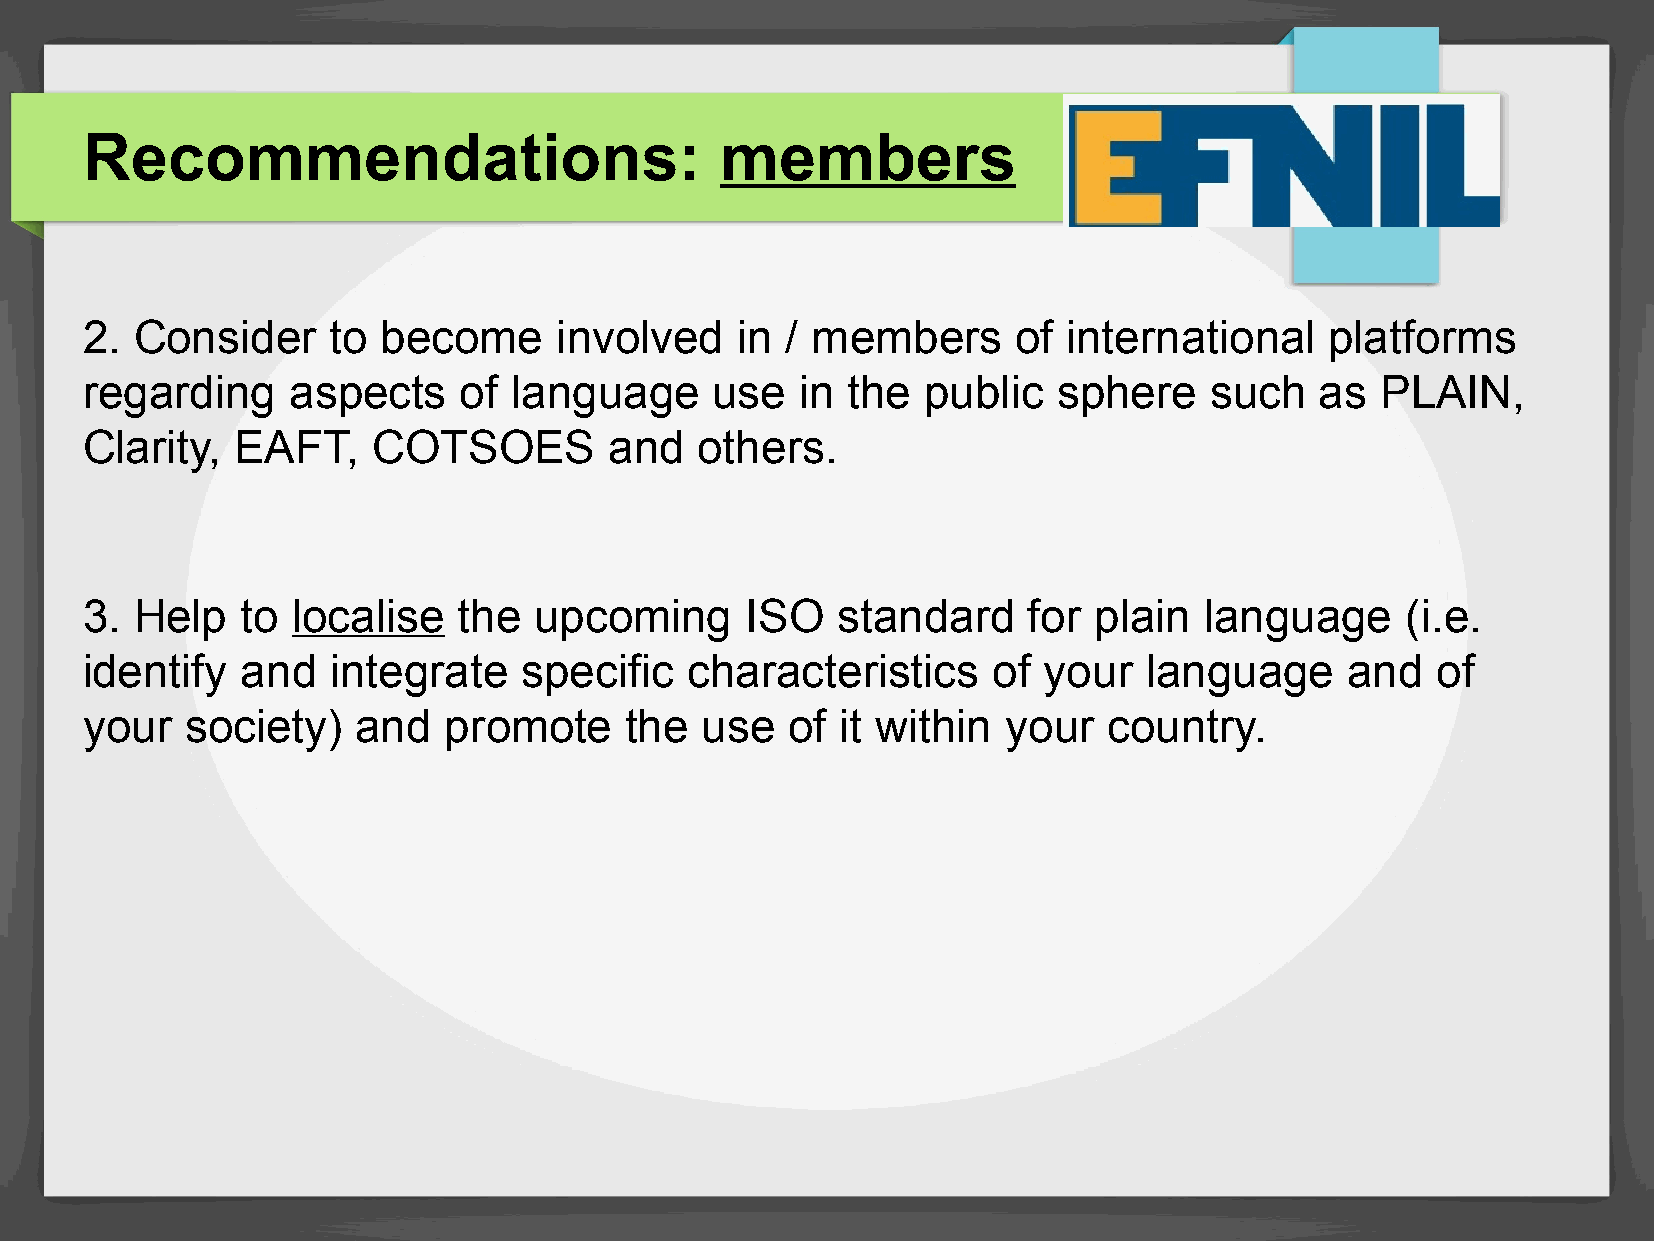
Recommendations:                           members
 2.  Consider     to become      involved    in / members      of  international    platforms
 regarding     aspects    of  language     use   in the  public   sphere    such   as  PLAIN,
 Clarity,   EAFT,    COTSOES        and   others.
 3.  Help   to localise   the  upcoming      ISO   standard     for plain   language     (i.e.
 identify   and   integrate    specific  characteristics      of your   language     and   of
 your   society)    and  promote     the  use   of  it within  your  country.